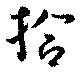
拾